Scottish Certificate of Education, 1962
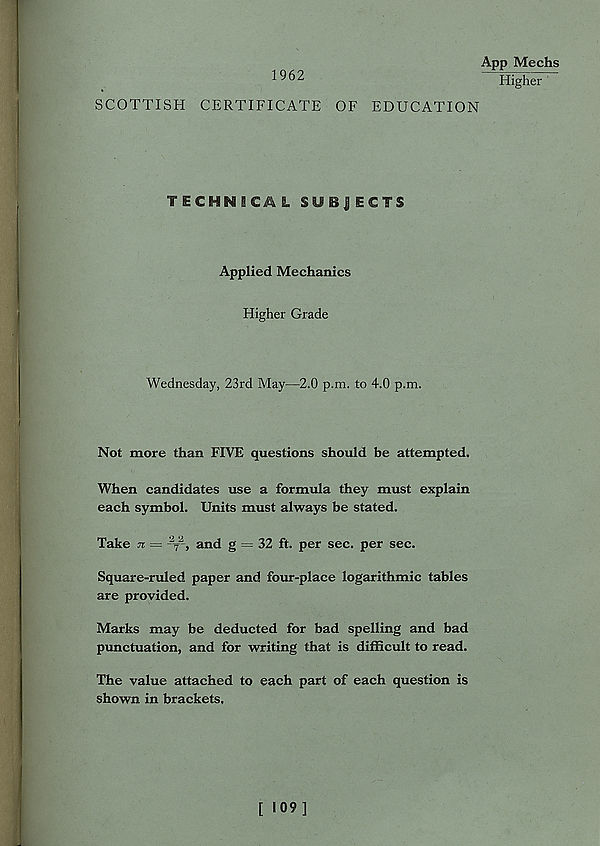
1962
App Mechs
Higher
SCOTTISH CERTIFICATE OF EDUCATION
TECHNICAL SUBJECTS
Applied Mechanics
Higher Grade
Wednesday, 23rd May—2.0 p.m. to 4.0 p.m.
Not more than FIVE questions should be attempted.
When candidates use a formula they must explain
each symbol. Units must always be stated.
Take n — --f-, and g = 32 ft. per sec. per sec.
Square-ruled paper and four-place logarithmic tables
are provided.
Marks may be deducted for bad spelling and bad
punctuation, and for writing that is difficult to read.
The value attached to each part of each question is
shown in brackets.
[ 109]